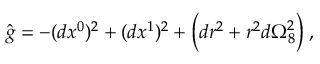
\hat { g } = - ( d x ^ { 0 } ) ^ { 2 } + ( d x ^ { 1 } ) ^ { 2 } + \Big ( d r ^ { 2 } + r ^ { 2 } d \Omega _ { 8 } ^ { 2 } \Big ) \; ,